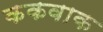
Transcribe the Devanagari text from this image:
ककवाक